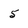
Character: 5